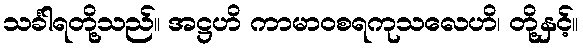
သင်္ခါရတို့သည်။ အဋ္ဌဟိ ကာမာဝစရကုသလေဟိ၊ တို့နှင့်။